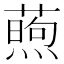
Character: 𬞜